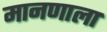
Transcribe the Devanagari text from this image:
मानणाला